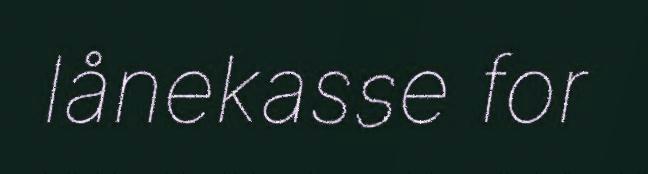
lånekasse for